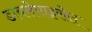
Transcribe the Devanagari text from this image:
डायसेपाइरोस